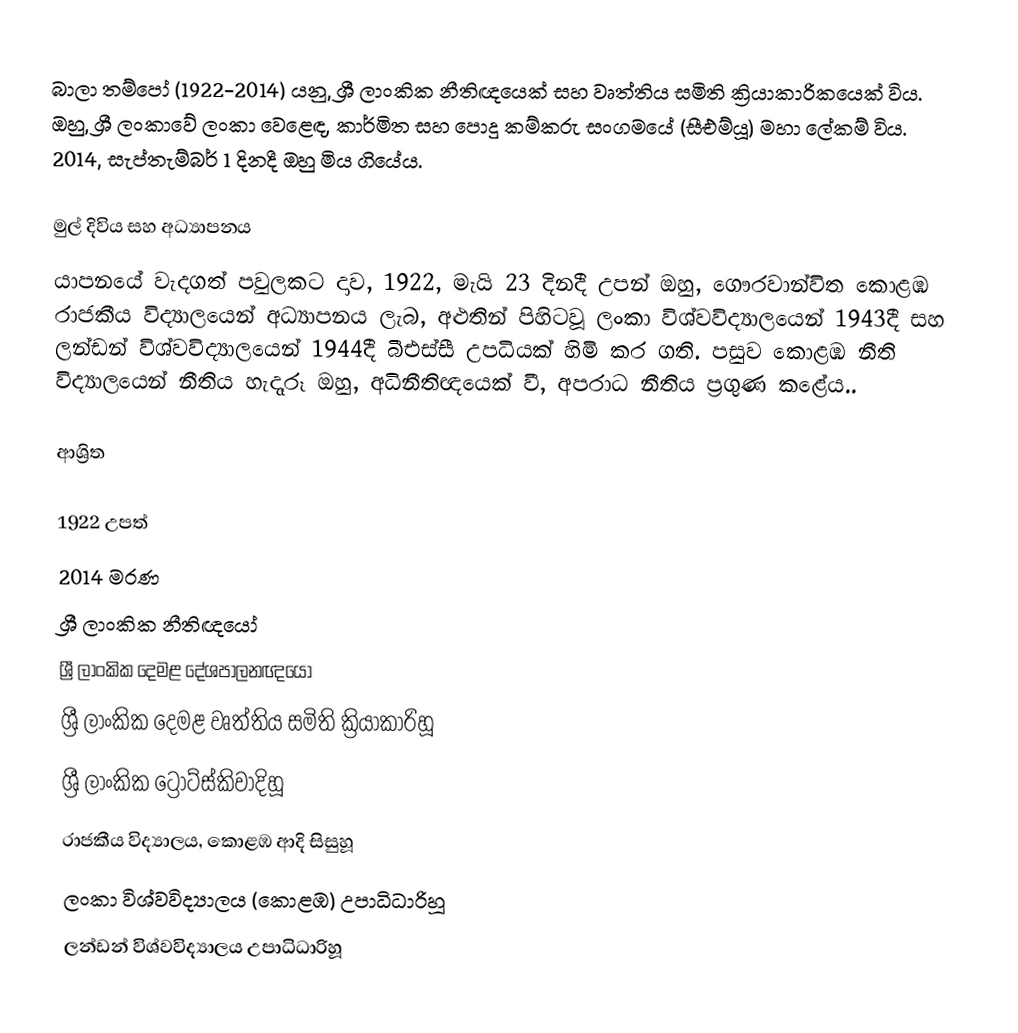
බාලා තම්පෝ (1922-2014) යනු,  ශ්‍රී ලාංකික නීතිඥයෙක්  සහ වෘත්තිය සමිති ක්‍රියාකාරිකයෙක් විය. ඔහු,  ශ්‍රී ලංකාවේ ලංකා වෙ‍ළෙඳ, කාර්මිත සහ පොදු කම්කරු සංගමයේ (සීඑම්යූ) මහා ලේකම් විය. 2014, සැප්තැම්බර් 1 දිනදී ඔහු මිය ගියේය.

මුල් දිවිය සහ අධ්‍යාපනය
යාපනයේ වැදගත් පවුලකට දාව, 1922, මැයි 23 දිනදී උපන් ඔහු,  ගෞරවාන්විත  කොළඹ රාජකීය විද්‍යාලයෙන් අධ්‍යාපනය ලැබ, අළුතින් පිහිටවූ  ලංකා විශ්වවිද්‍යාලයෙන් 1943දී සහ ලන්ඩන් විශ්වවිද්‍යාලයෙන් 1944දී බීඑස්සී උපධියක් හිමි කර ගති. පසුව  කොළඹ නීති විද්‍යාලයෙන්  නීතිය හැදෑරූ ඔහු, අධිනීතිඥයෙක් වී, අපරාධ නීතිය ප්‍රගුණ කළේය..

ආශ්‍රිත

1922 උපත්
2014 මරණ
ශ්‍රී ලාංකික නීතිඥයෝ
ශ්‍රී ලාංකික දෙමළ දේශපාලනඥයෝ
 ශ්‍රී ලාංකික දෙමළ වෘත්තිය සමිති ක්‍රියාකාරිහූ
 ශ්‍රී ලාංකික ට්‍රොට්ස්කිවාදිහූ
රාජකීය විද්‍යාලය, කොළඹ ආදි සිසුහූ
 ලංකා විශ්වවිද්‍යාලය (කොළඹ) උපාධිධාරිහූ
ලන්ඩන් විශ්වවිද්‍යාලය උපාධිධාරිහූ